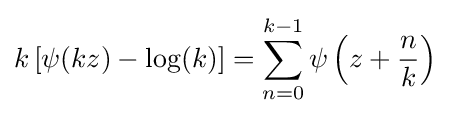
k\left[\psi (kz)-\log(k)\right]=\sum _{n=0}^{k-1}\psi \left(z+{\frac {n}{k}}\right)